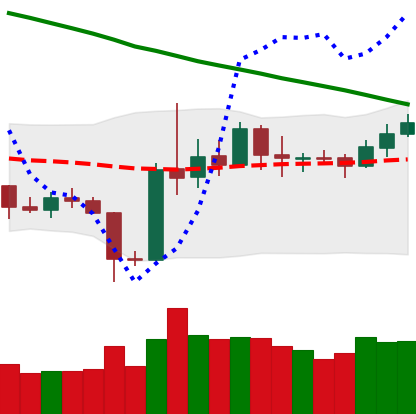
Ticker: ETH-USD
Chart end date: 2019-11-06
Forward return: -3.186%
Label: down_3_5